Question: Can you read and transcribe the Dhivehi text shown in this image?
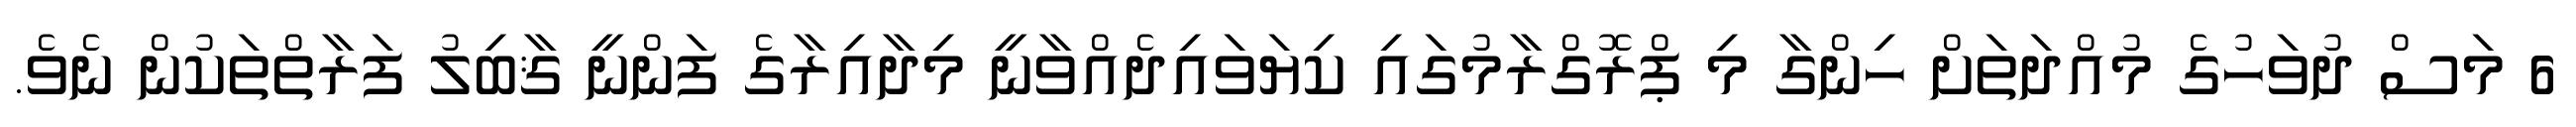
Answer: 6 މަސް ދުވަހުގެ މުއްދަތަށް ހިންގާ މި ޕްރޮގްރާމުގައި ކިޔަވައިދެއްވާނީ މިދާއިރާގެ ފަންނީ ޤާބިލު ފަރާތްތަކުން ނެވެ.